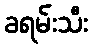
ခရမ်းသီး